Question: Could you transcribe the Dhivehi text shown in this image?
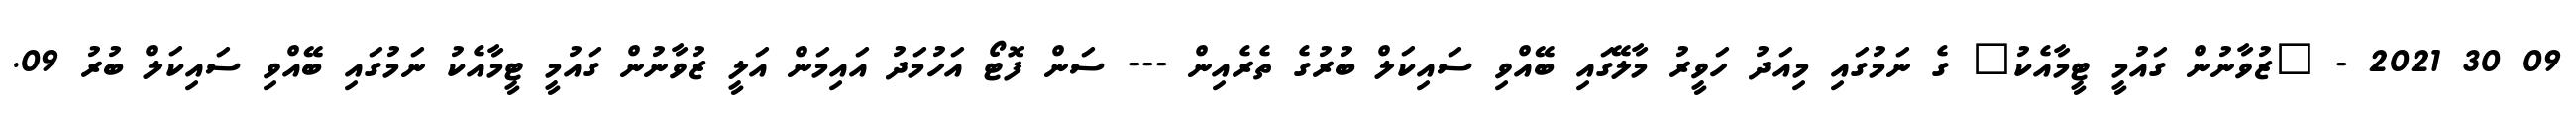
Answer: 09 30 2021 - "ޒުވާނުން ގައުމީ ޓީމާއެކު" ގެ ނަމުގައި މިއަދު ހަވީރު މާލޭގައި ބޭއްވި ސައިކަލް ބުރުގެ ތެރެއިން --- ސަން ފޮޓޯ އަހުމަދު އައިމަން އަލީ ޒުވާނުން ގައުމީ ޓީމާއެކު ނަމުގައި ބޭއްވި ސައިކަލް ބުރު 09.